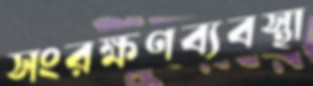
সংরক্ষণব্যবস্থা